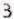
3